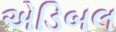
એડિબલ